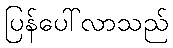
ပြန်ပေါ်လာသည်